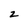
Character: z